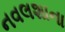
નવલશાના